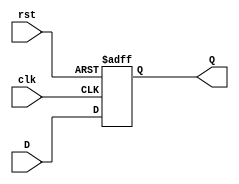
`timescale 1ns / 1ps
//////////////////////////////////////////////////////////////////////////////////
// Company: 
// Engineer: 
// 
// Design Name: 
// Module Name:    D_Flipflop 
// Project Name: 
// Target Devices: 
// Tool versions: 
// Description: 
//
// Dependencies: 
//
// Revision: 
// Revision 0.01 - File Created
// Additional Comments: 
//
/////////////////////////////////////////////////////////////////////////////////
 module D_Flipflop( input clk, input rst, input D, output reg Q); 

 always @ (posedge (clk) or posedge (rst))
 
  begin  
  
    if(rst)
	      Q= 0;
			
	 else 
	     Q= D;
  
  
  end
 
  
  endmodule